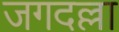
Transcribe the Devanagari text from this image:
जगदल्ला